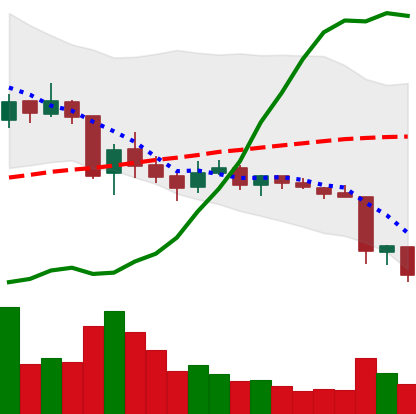
Ticker: TRX-USD
Chart end date: 2018-06-12
Forward return: -3.033%
Label: down_3_5